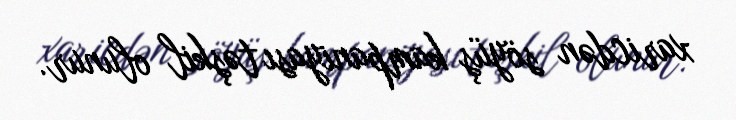
xaricdən söyüş kampaniyası təşkil olunur.